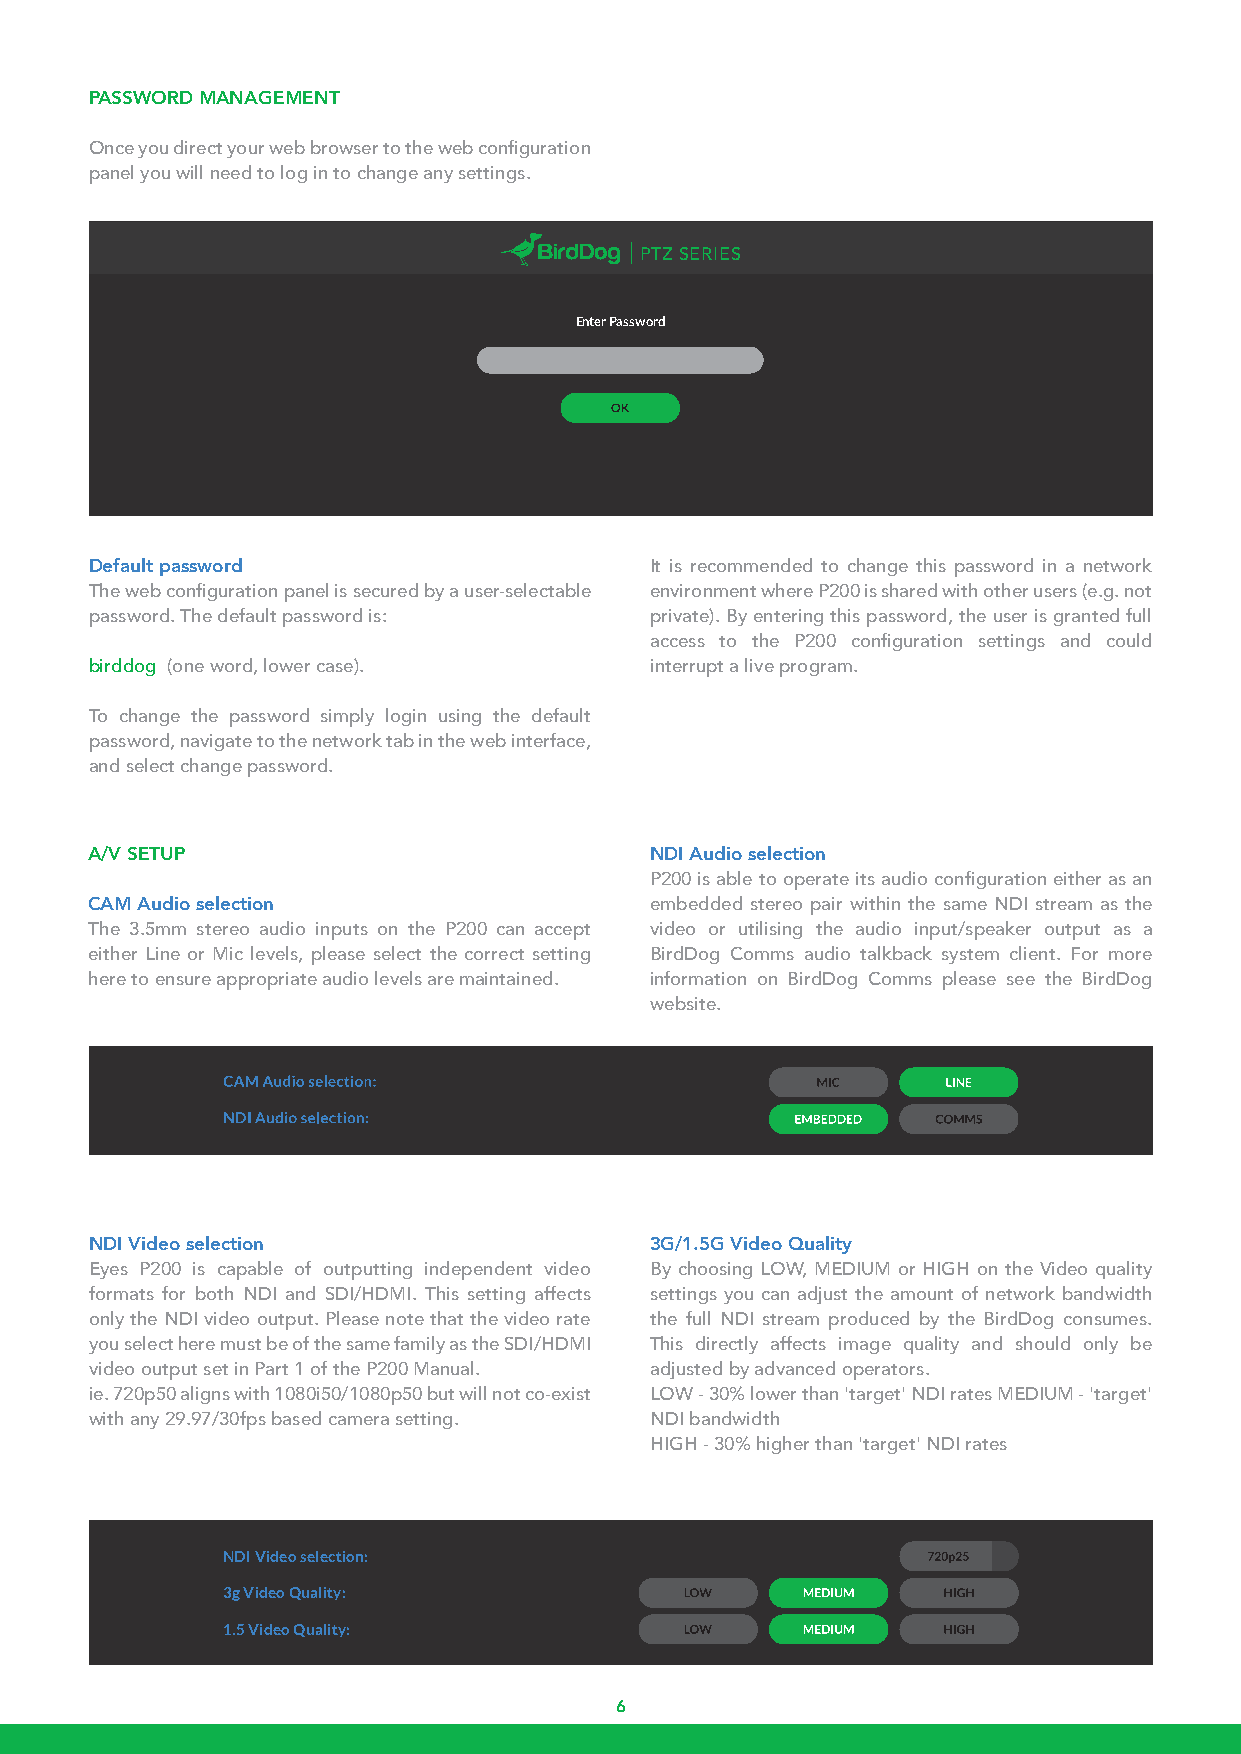
PASSWORD MANAGEMENT
 Once you direct your web browser to the web configuration
 panel you will need to log in to change any settings.
 PTZ SERIES
 Enter Password
 Default password                     It is recommended to change this password in a network
 The web configuration panel is secured by a user-selectable environment where P200 is shared with other users (e.g. not
 password. The default password is:   private). By entering this password, the user is granted full
 access to the P200 configuration settings and could
 birddog (one word, lower case).      interrupt a live program.
 To change the password simply login using the default
 password, navigate to the network tab in the web interface,
 and select change password.
 A/V SETUP                            NDI Audio selection
 P200 is able to operate its audio configuration either as an
 CAM Audio selection                  embedded stereo pair within the same NDI stream as the
 The 3.5mm stereo audio inputs on the P200 can accept video or utilising the audio input/speaker output as a
 either Line or Mic levels, please select the correct setting BirdDog Comms audio talkback system client. For more
 here to ensure appropriate audio levels are maintained. information on BirdDog Comms please see the BirdDog
 website.
 NDI Video selection                  3G/1.5G Video Quality
 Eyes P200 is capable of outputting independent video By choosing LOW, MEDIUM or HIGH on the Video quality
 formats for both NDI and SDI/HDMI. This setting affects settings you can adjust the amount of network bandwidth
 only the NDI video output. Please note that the video rate the full NDI stream produced by the BirdDog consumes.
 you select here must be of the same family as the SDI/HDMI This directly affects image quality and should only be
 video output set in Part 1 of the P200 Manual. adjusted by advanced operators.
 ie. 720p50 aligns with 1080i50/1080p50 but will not co-exist LOW - 30% lower than 'target' NDI rates MEDIUM - 'target'
 with any 29.97/30fps based camera setting. NDI bandwidth
 HIGH - 30% higher than 'target' NDI rates
 NDI Video selection:
 3g Video Quality:
 1.5 Video Quality:
 6